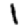
Digit: 1